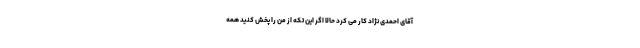
آقای احمدی نژاد کار می کرد حالا اگر این تکه از من را پخش کنید همه